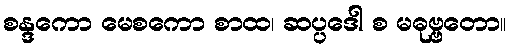
စန္ဒကော မေစကော စာထ၊ ဆပ္ပဒေါ စ မဓုဗ္ဗတော။